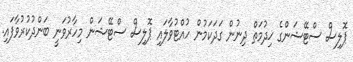
ޕޮލިސް ސްޓޭޝަންގެ ޚިދުމަތް ދިނުން ގަދަކަމުން ހުއްޓުވާލައި ޕޮލިސް ސްޓޭޝަން މިހާރުވަނީ ބަންދުކުރުވާފައި.